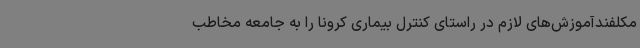
مکلفندآموزش‌های لازم در راستای کنترل بیماری کرونا را به جامعه مخاطب